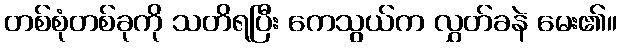
တစ်စုံတစ်ခုကို သတိရပြီး ကေသွယ်က လွှတ်ခနဲ မေး၏။